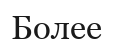
Более